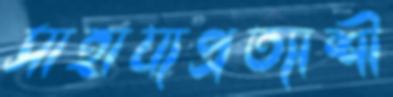
সাহায্যপ্রত্যাশী